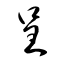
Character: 呈